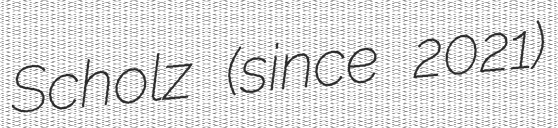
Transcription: Scholz (since 2021)